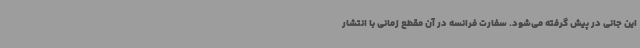
این جانی در پیش گرفته می‌شود. سفارت فرانسه در آن مقطع زمانی با انتشار